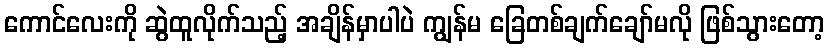
ကောင်လေးကို ဆွဲထူလိုက်သည့် အချိန်မှာပါပဲ ကျွန်မ ခြေတစ်ချက်ချော်မလို ဖြစ်သွားတော့